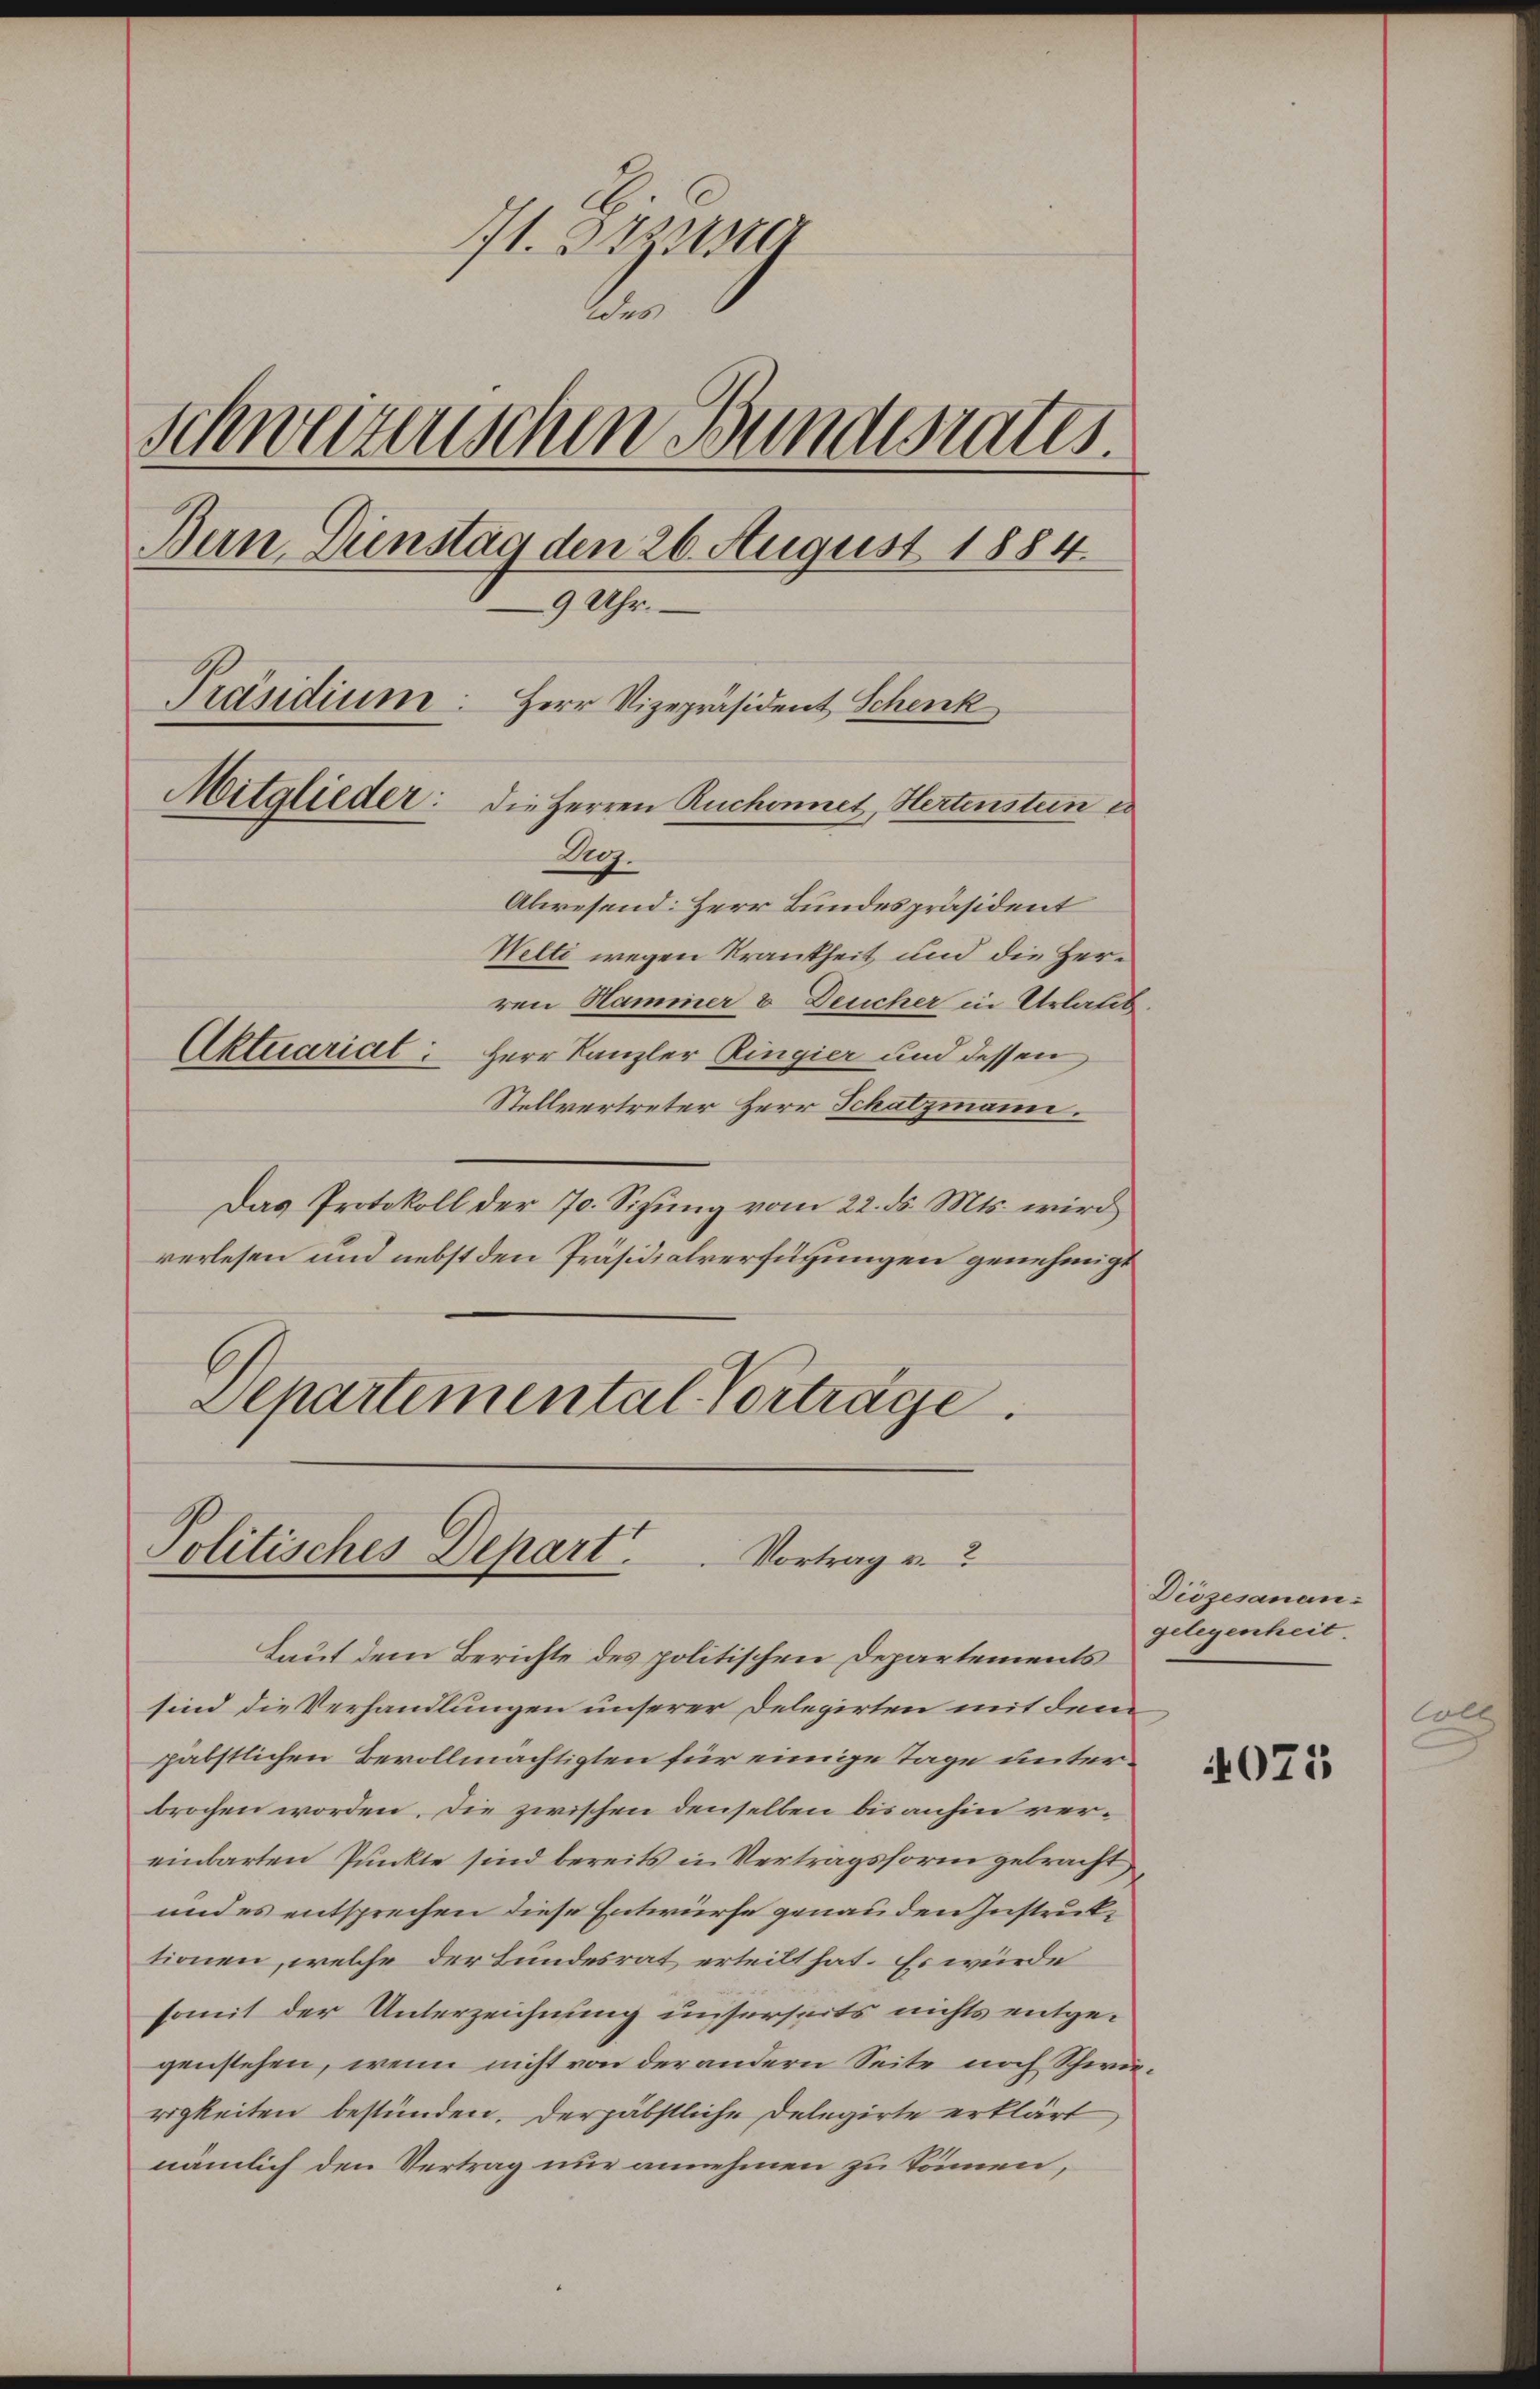
171. Deze
des
schweizerischen Bundesrates.
Bun Dienstag den 26. August 1884.
9 Uhr.
Präsidium
Herr Vizepräsident Schenk
Mitglieder: die Herren Ruchennet, Hertenstein e
Aug.
Abwesend: Herr Bundespräsident
Welti wegen Krankheit und die Herren Hammer & Deucher in Urlaub.
Aktuariat: Herr Kanzler Ringier und dessen
Stellvertreter Herr Schatzmann.

Das Protokoll der 70. Sizung vom 22. ds. Mts. wird
verlesen und nebst den Präsidialverfügungen genehmigt
Departemental Vorträge.

Politisches Depart.
Vortrag v.

Laut dem Berichte des politischen Departements
sind die Verhandlungen unserer Delegirten mit dem
päbstlichen Bevollmächtigten für einige Tage unterbrochen worden. Die zwischen denselben bis anhin vereinbarten Punkte sind bereits in Vertragsform gebracht
und es entsprechen diese Entwürfe genau den Instruktionen, welche der Bundesrat erteilt hat. Es würde
somit der Unterzeichnung unserseits nichts entgegenstehen, wenn nicht von der andern Seite noch Schwurigkeiten bestünden. Der päbstliche Delegirte erklärt
nämlich den Vertrag nur annehmen zu können,

Diözesanan-
gelegenheit.

4075